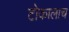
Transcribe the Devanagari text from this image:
टोकालाच